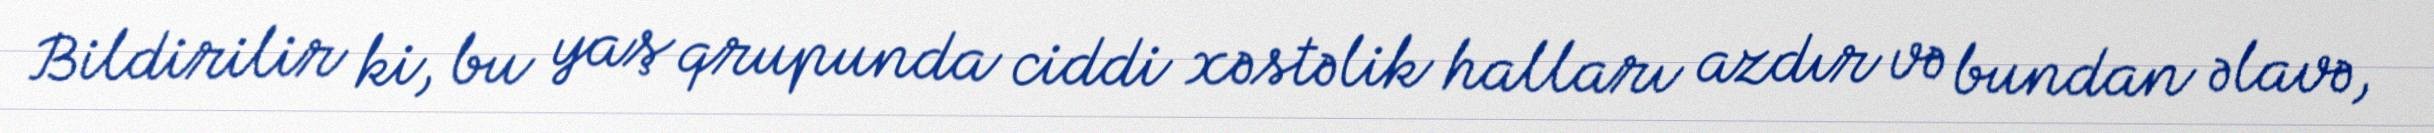
Bildirilir ki, bu yaş qrupunda ciddi xəstəlik halları azdır və bundan əlavə,